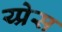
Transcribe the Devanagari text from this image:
य्प्रेस